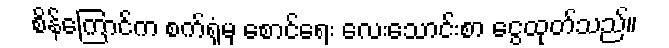
စိန်ကြောင်က စက်ရုံမှ စောင်ရေး လေးသောင်းစာ ငွေထုတ်သည်။